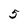
Character: 5